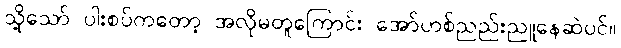
သို့သော် ပါးစပ်ကတော့ အလိုမတူကြောင်း အော်ဟစ်ညည်းညူနေဆဲပင်။